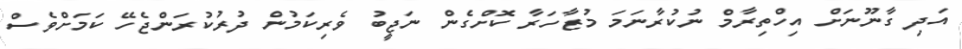
އަދި ގާނޫނަށް އިހްތިރާމް ނުކުރާނަމަ މުޒާހަރާ ކޮށްގެން ނަޖީބު ވެރިކަމުން ދުރުކުރަންޖެހޭ ކަމަށްވެސް